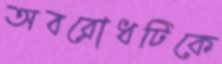
অবরোধটিকে